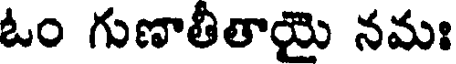
ఓం గుణాతీతాయై నమః